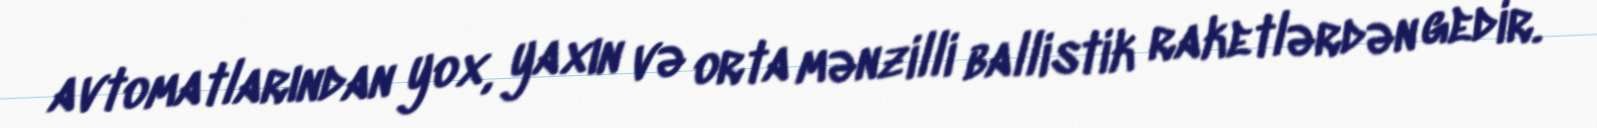
avtomatlarından yox, yaxın və orta mənzilli ballistik raketlərdən gedir.